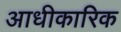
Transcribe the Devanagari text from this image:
आधीकारिक